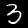
Digit: 3